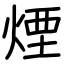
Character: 煙